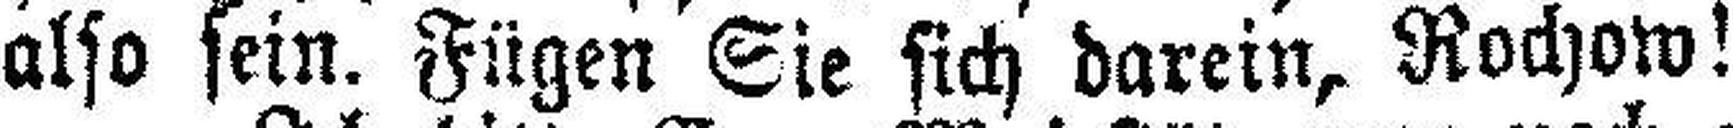
also sein. Fügen Sie sich darein, Rochow!